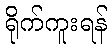
ရိုက်ကူးရန်